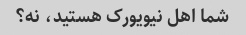
شما اهل نیویورک هستید، نه؟